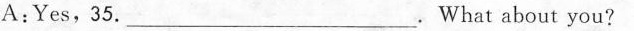
A:Yes,35.___.What about you?